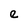
Character: e